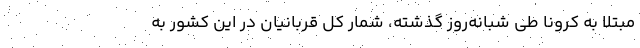
مبتلا به کرونا طی شبانه‌روز گذشته، شمار کل قربانیان در این کشور به